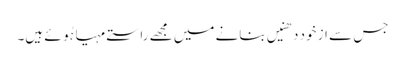
جس سے از خود دھنیں بنانے میں مجھے راستے مہیا ہُوئے ہیں۔